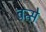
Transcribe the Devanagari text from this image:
वत्से